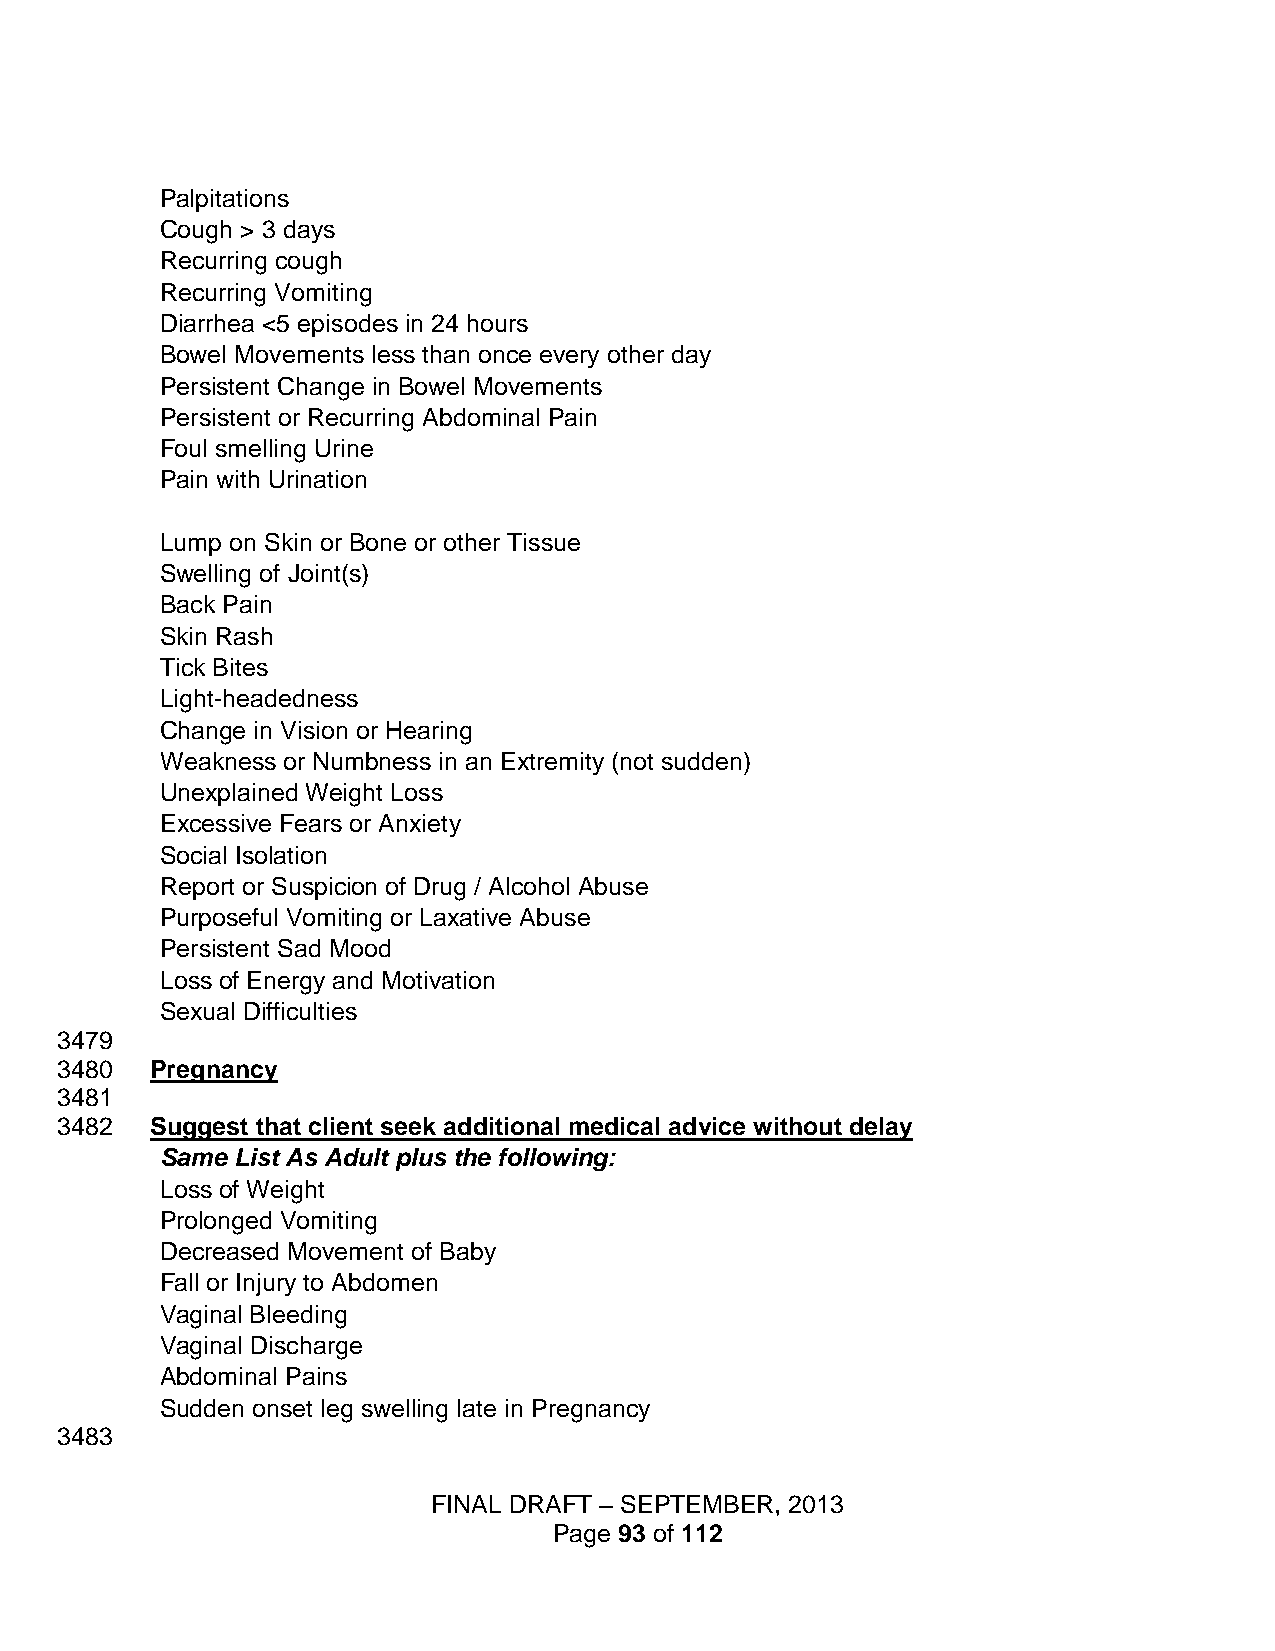
Palpitations
 Cough > 3 days
 Recurring cough
 Recurring Vomiting
 Diarrhea <5 episodes in 24 hours
 Bowel Movements less than once every other day
 Persistent Change in Bowel Movements
 Persistent or Recurring Abdominal Pain
 Foul smelling Urine
 Pain with Urination
 Lump on Skin or Bone or other Tissue
 Swelling of Joint(s)
 Back Pain
 Skin Rash
 Tick Bites
 Light-headedness
 Change in Vision or Hearing
 Weakness or Numbness in an Extremity (not sudden)
 Unexplained Weight Loss
 Excessive Fears or Anxiety
 Social Isolation
 Report or Suspicion of Drug / Alcohol Abuse
 Purposeful Vomiting or Laxative Abuse
 Persistent Sad Mood
 Loss of Energy and Motivation
 Sexual Difficulties
 3479
 3480  Pregnancy
 3481
 3482  Suggest that client seek additional medical advice without delay
 Same List As Adult plus the following:
 Loss of Weight
 Prolonged Vomiting
 Decreased Movement of Baby
 Fall or Injury to Abdomen
 Vaginal Bleeding
 Vaginal Discharge
 Abdominal Pains
 Sudden onset leg swelling late in Pregnancy
 3483
 FINAL DRAFT – SEPTEMBER, 2013
 Page 93 of 112